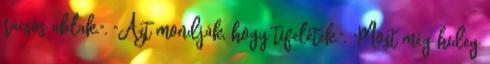
rácsos ablak.", "Azt mondják, hogy tifelétek.", "Most még hideg